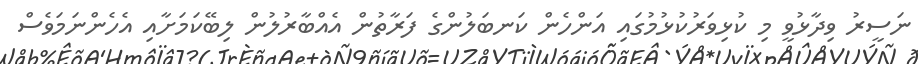
ނަސީރު ވިދާޅުވީ މި ކުޅިވަރުކުޅުމުގައި އަންހެން ކަނބަލުންގެ ފަރާތުން އެއްބާރުލުން ލިބޭކަމަށާއި އެހެންނަމަވެސް